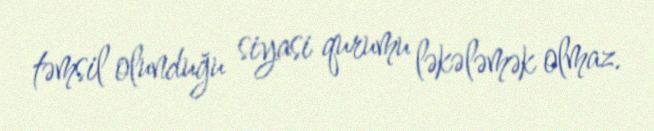
təmsil olunduğu siyasi qurumu ləkələmək olmaz.